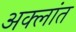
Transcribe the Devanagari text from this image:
अक्लांत